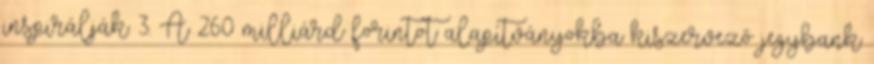
inspirálják. 3. A 260 milliárd forintot alapítványokba kiszervező jegybank